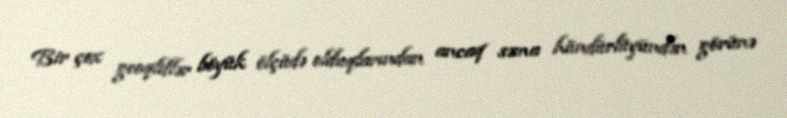
Bir çox geoqliflər böyük ölçüdə olduqlarından ancaq səma hündürlüyündən görünə